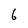
Character: 6